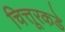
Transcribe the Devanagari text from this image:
चित्तूरकडे